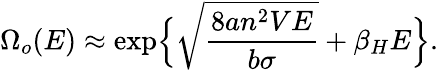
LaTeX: \Omega_{o}(E)\approx\exp\Bigl\{ \sqrt{\frac{8an^{2}VE}{b\sigma}}+\beta_{H}E\Bigr\} .